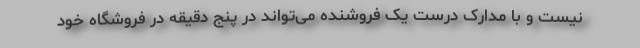
نیست و با مدارک درست یک فروشنده می‌تواند در پنج دقیقه در فروشگاه خود